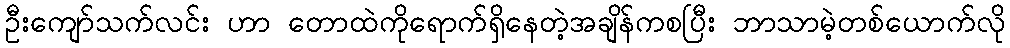
ဦးကျော်သက်လင်း ဟာ တောထဲကိုရောက်ရှိနေတဲ့အချိန်ကစပြီး ဘာသာမဲ့တစ်ယောက်လို